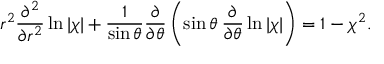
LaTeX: r ^ { 2 } \frac { \partial ^ { 2 } } { \partial r ^ { 2 } } \ln | \chi | + \frac { 1 } { \sin \theta } \frac { \partial } { \partial \theta } \left( \sin \theta \: \frac { \partial } { \partial \theta } \ln | \chi | \right) = 1 - \chi ^ { 2 } .